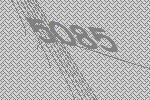
5085